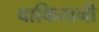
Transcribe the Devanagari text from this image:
वाकितानी